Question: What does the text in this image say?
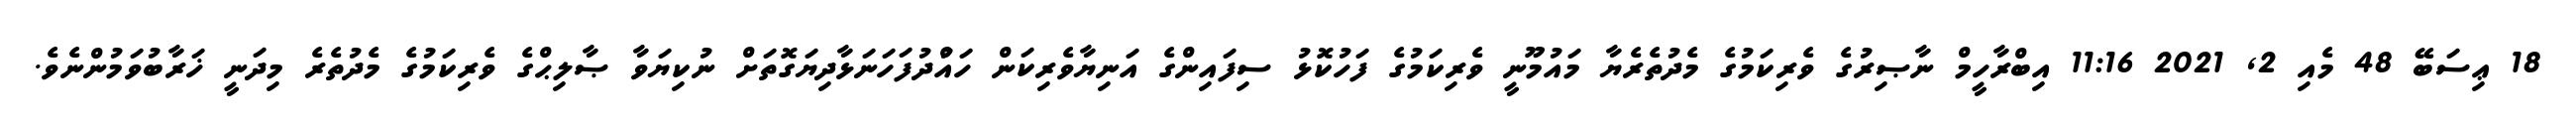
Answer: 18 ޢިސަބޭ 48 މެއި 2, 2021 11:16 އިބްރާހީމް ނާޞިރުގެ ވެރިކަމުގެ މެދުތެރެޔާ މައުމޫނީ ވެރިކަމުގެ ފަހުކޮޅު ސިފައިންގެ އަނިޔާވެރިކަން ހައްުދުފަހަނަޅާދިޔަގޮތަށް ނުކިޔަވާ ޞާލިޙްގެ ވެރިކަމުގެ މެދުތެރެ މިދަނީ ޚަރާބުވަމުންނެވެ.